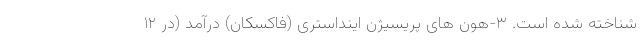
شناخته شده است. ۳-هون های پریسیژن اینداستری (فاکسکان) درآمد (در ۱۲